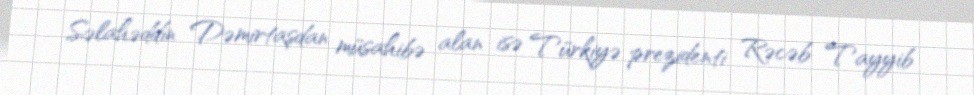
Səlahəddin Dəmirtaşdan müsahibə alan isə Türkiyə prezidenti Rəcəb Tayyib